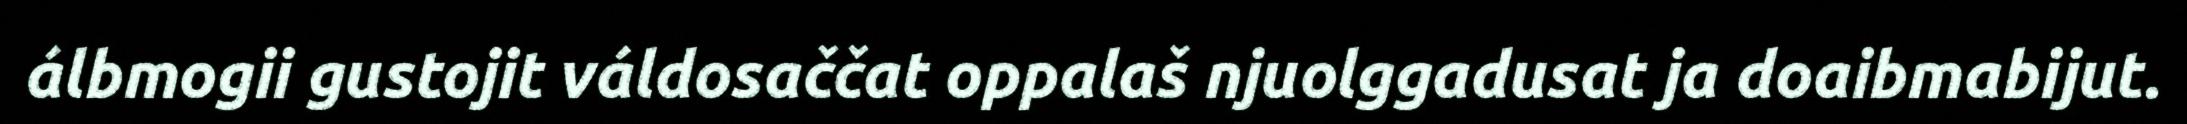
álbmogii gustojit váldosaččat oppalaš njuolggadusat ja doaibmabijut.